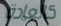
كالعادة